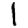
Digit: 1